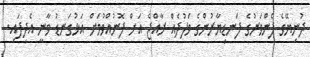
ދުނިޔޭގެ ފެންވަރުގެ ފަނޑިޔާރުންގެ ވަފުދެއް ރާއްޖެ އަށް ފޮނުއްވުމަށް އަޅުގަނޑު ވާނީ އެދިފައި.